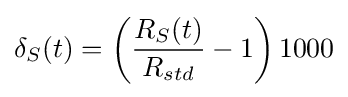
\delta _{S}(t)=\left({\frac {R_{S}(t)}{R_{std}}}-1\right)1000